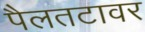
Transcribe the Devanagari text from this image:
पैलतटावर